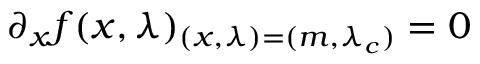
\partial _ { x } f ( x , \lambda ) _ { ( x , \lambda ) = ( m , \lambda _ { c } ) } = 0